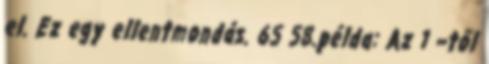
el. Ez egy ellentmondás. 65 58.példa: Az 1 –től